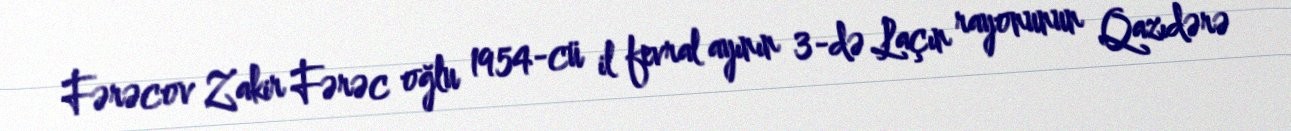
Fərəcov Zakir Fərəc oğlu 1954-cü il fevral ayının 3-də Laçın rayonunun Qazıdərə